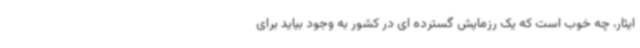
ایثار، چه خوب است که یک رزمایش گسترده ای در کشور به وجود بیاید برای